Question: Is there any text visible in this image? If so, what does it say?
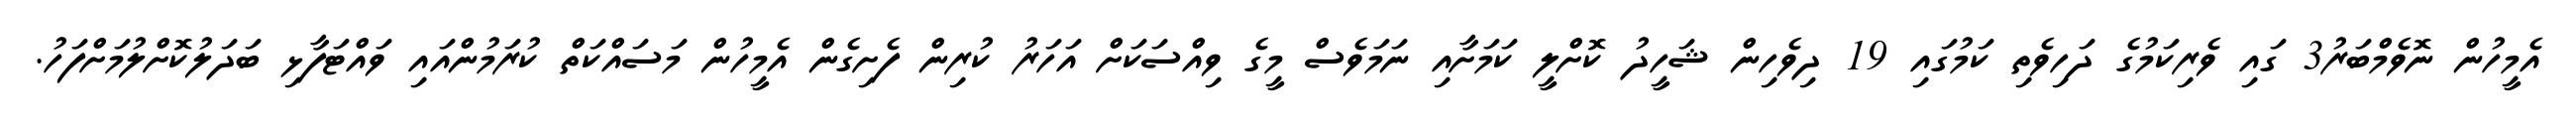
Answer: އެމީހުން ނޮވެމްބަރު3 ގައި ވެރިކަމުގެ ދަހިވެތި ކަމުގައި 19 ދިވެހިން ޝަހީދު ކޮށްލީ ކަމަށާއި ނަމަވެސް މީގެ ވިއްސަކަށް އަހަރު ކުރިން ފެށިގެން އެމީހުން މަސައްކަތް ކުރަމުންއައި ވައްޓަފާޅި ބަދަލުކޮށްލުމަށްފަހު.